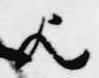
歟